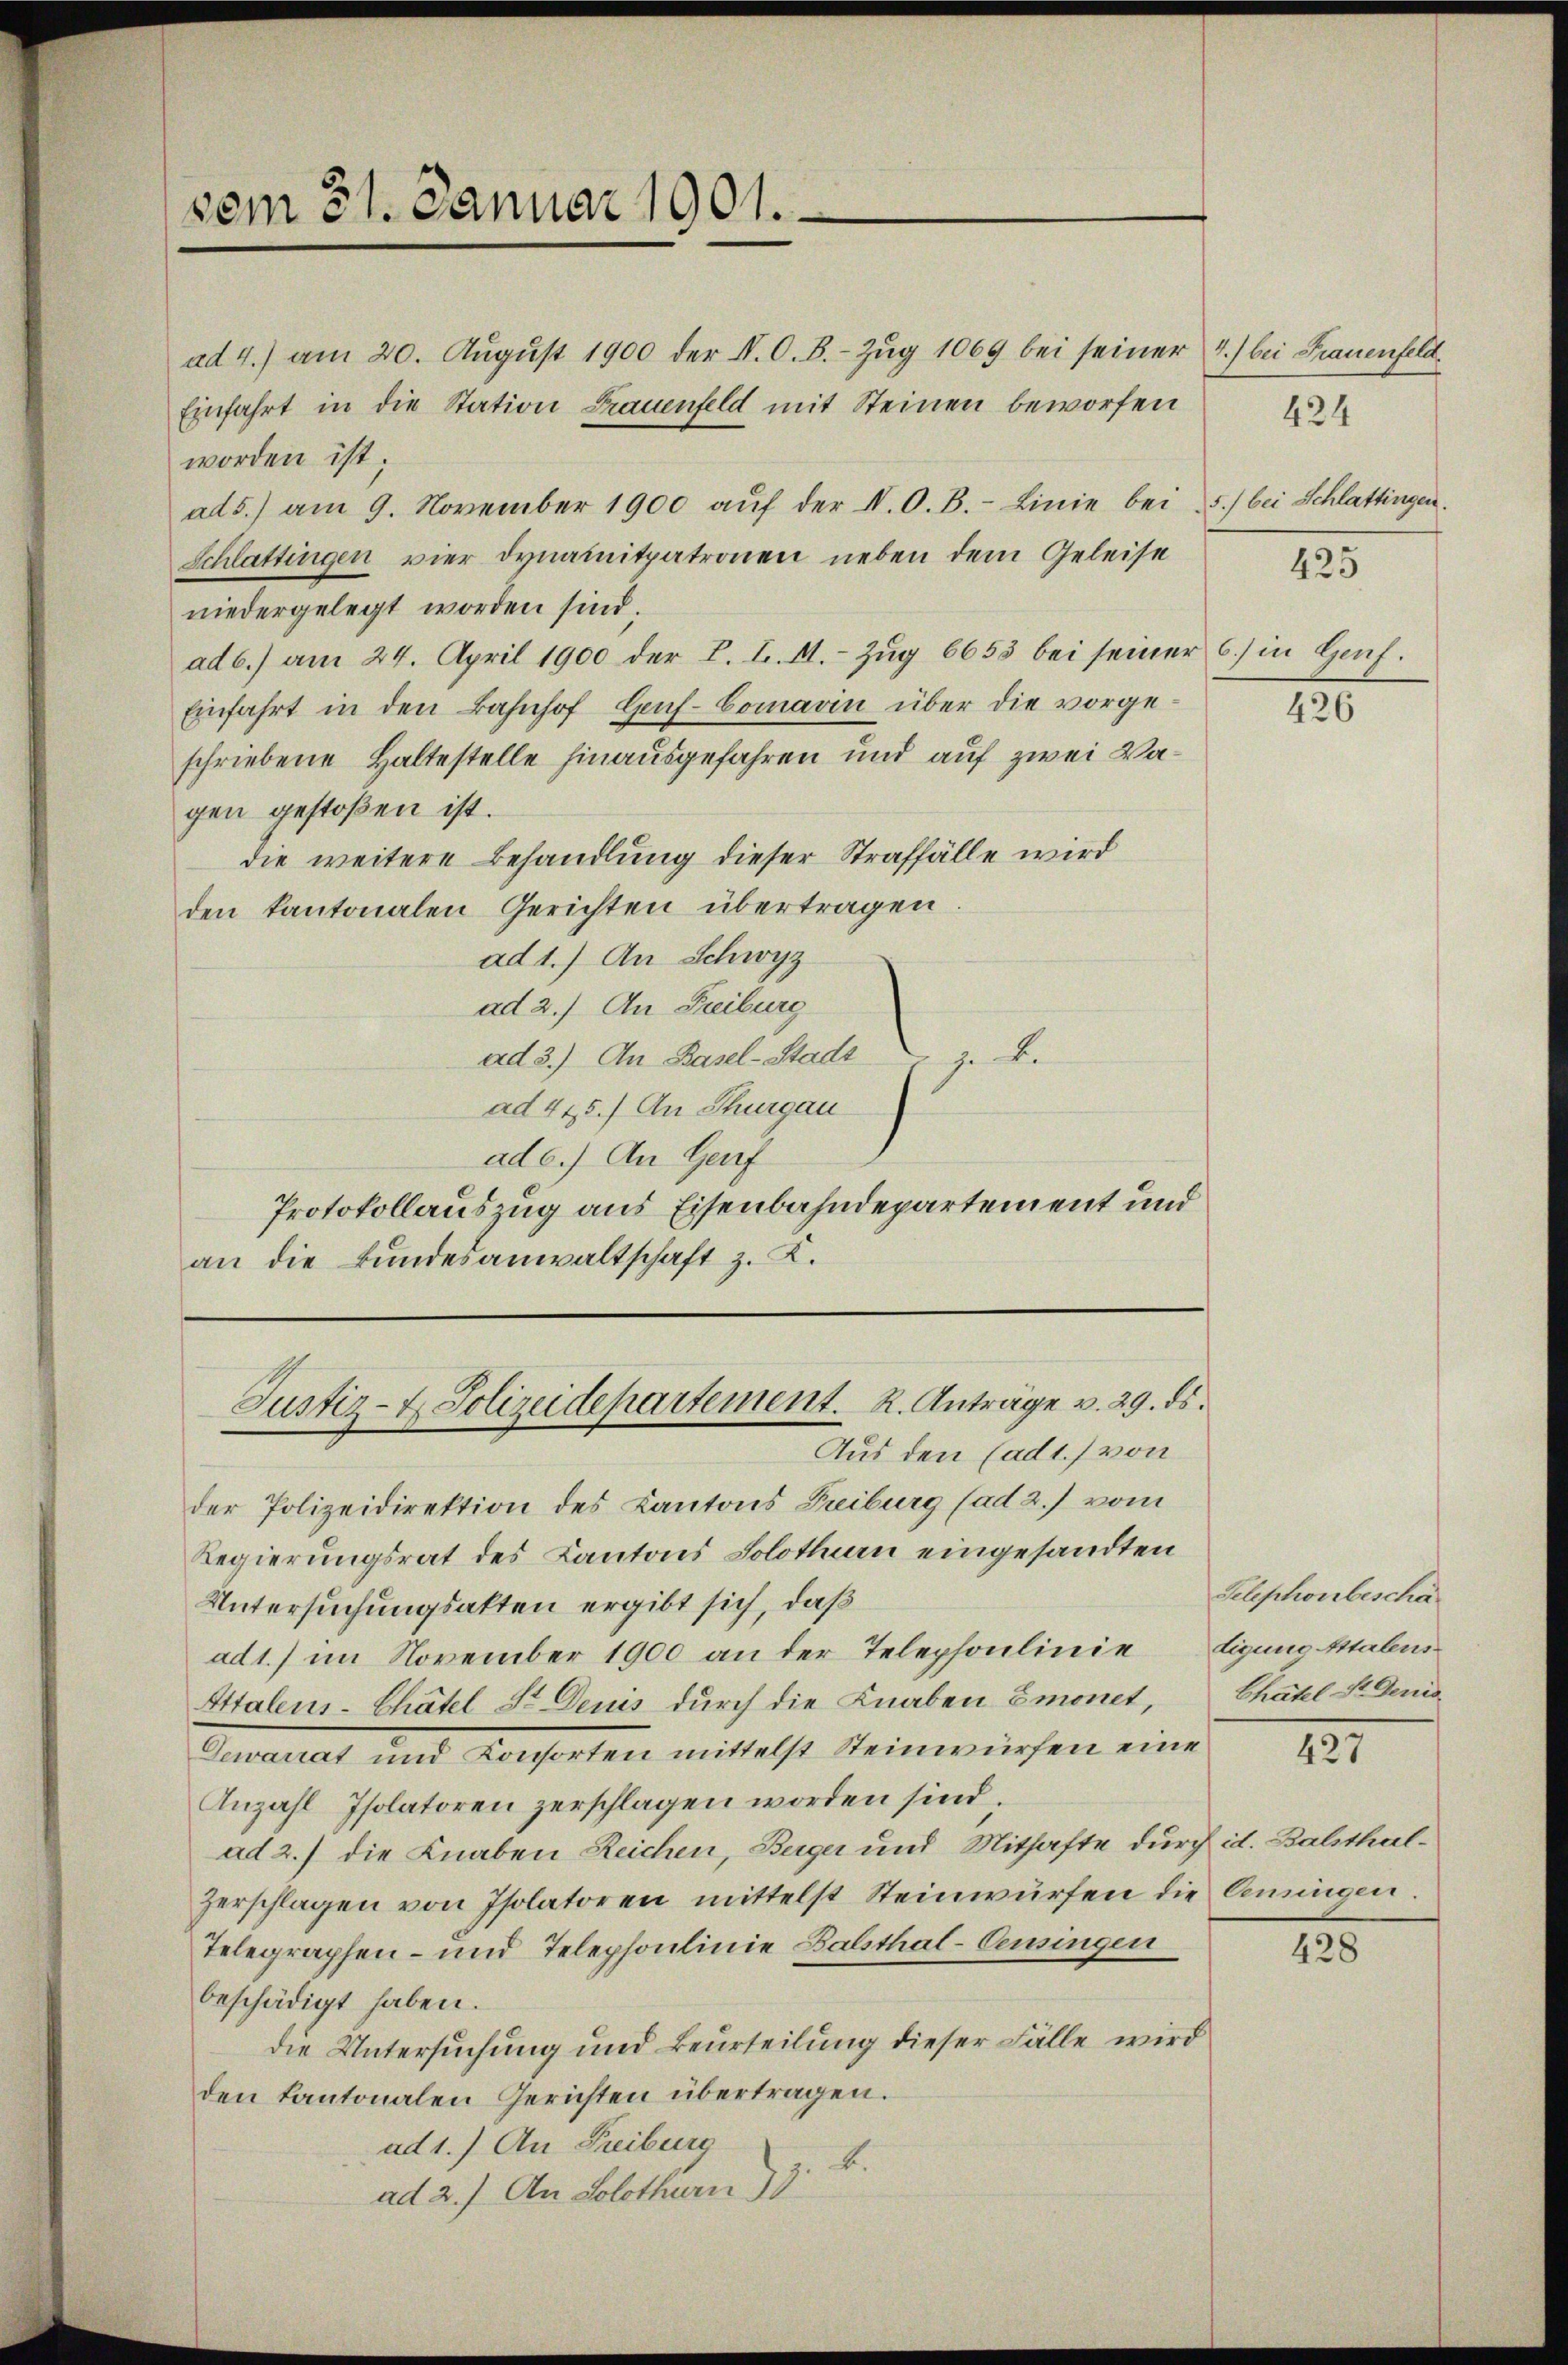
vom 31. Januar 1901.

ad 4.) am 20. Aŭgŭst 1900 der N. O. B. Zŭg 1069 bei seiner 4.) bei Frauenfeld¬
Einfahrt in die Station Frauenfeld mit Steinen beworfen
worden ist;
ad5.) am 9. November 1900 aŭf der V. O. B. Linie bei 5.) bei Schlattingen.
Schlattingen vier dynamitpatronen neben dem Geleise
niedergelegt worden sind;
ad b.) am 24. April 1900 der L. I. A. Zŭg 6655 bei seiner 6) in Genf.
Einfahrt in den Bahnhof Genf-Comarin über die vorgeschriebene Haltestelle hinausgefahren und auf zwei Vagen gestoßen ist.
die weitere Behandlung dieser Straffälle wird
den kantonalen Gerichten übertragen.
ad 1.) An Schwyz
ad 2.) An Freiburg
ad 3.) An Basel-Stadt z. B.
ad 415.) An Thurgau
ad c.) An Genf
Protokollauszug aus Eisenbahndepartement und
an die Bundesanwaltschaft z. K.

Aus den Cadt) von
der Polizeidirektion des Kantons Freiburg (ad 2.) vom
Regierungsrat des Kantons Solothurn eingesandten
Untersuchungsakten ergibt sich, daß
ad1.) im November 1900 an der Telephonlinie digung Stalens
Attalens-Chätel Sr. Deuis durch die Knaben Emonet,
Guartet und Consenten mittelst seinwürfen eine
Anzahl Isolatoren zerschlagen worden sind.
ad 2.) die Knaben Reichen, Berger und Mithafte durch id. Balthalzerschlagen von Isolatoren mittelst Steinwürfen die Censingen.
Telegraphen- und Telephonlinie Balsthal-Pensingen
beschädigt haben.
die Untersuchung und Beurteilung dieser Fälle wird
den kantonalen Gerichten übertragen.
ad 1.) An Freiburg
b.
ad 2.) An Solothurn 3

Justiz- & Polizeidepartement. R. Anträge v. 29. ds.

424

425

426

Telephonbeschä
Chätel St. Genie

427

428